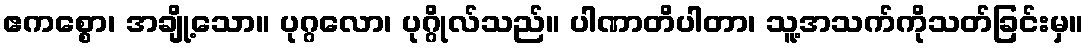
ဧကစ္စော၊ အချို့သော။ ပုဂ္ဂလော၊ ပုဂ္ဂိုလ်သည်။ ပါဏာတိပါတာ၊ သူ့အသက်ကိုသတ်ခြင်းမှ။